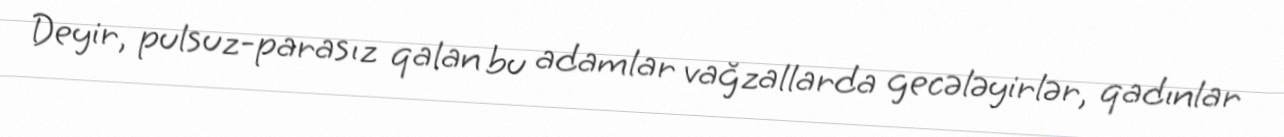
Deyir, pulsuz-parasız qalan bu adamlar vağzallarda gecələyirlər, qadınlar